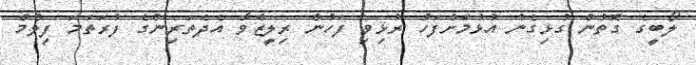
ލޯބީގެ ގޮތުން ގުޅިގެން އުޅުމަށްފަހު ރުޅިވި ފަހުން ރިލީޒްވާ އެދެތަރިންގެ ފުރަތަމަ ފިލްމް